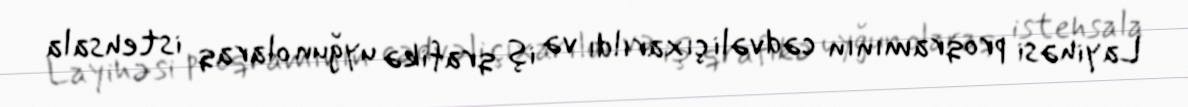
Layihəsi proqramının cədvəli çıxarıldı və iş qrafikə uyğun olaraq istehsala